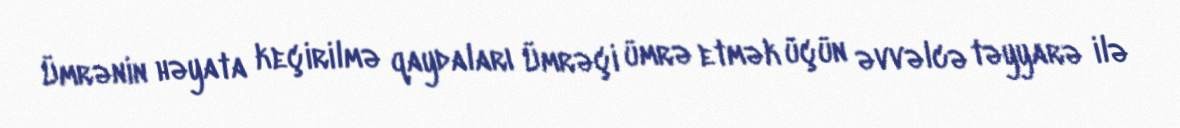
Ümrənin həyata keçirilmə qaydaları Ümrəçi ümrə etmək üçün əvvəlcə təyyarə ilə